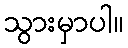
သွားမှာပါ။